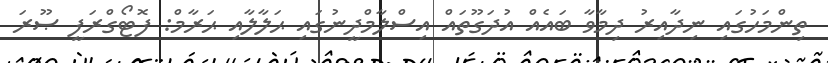
ތިންމަހުގައި ނިދާއިރު ދިމާވާ ބައެއް އުދަގޫތައް އިސްލާމްދީނުގައި ޙަލާލާއި ޙަރާމް: ފޮޓޯގްރަފީ ޞޫރަ